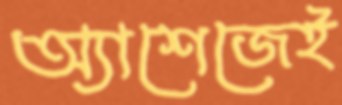
অ্যাশেজেই